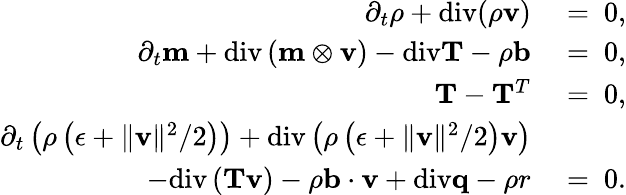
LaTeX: \begin{array}{rl}{\partial_{t}\rho+\mathrm{div}(\rho\mathbf{v})}&{{}=~0,}\\ {\partial_{t}\mathbf{m}+\mathrm{div}\left(\mathbf{m}\otimes\mathbf{v}\right)-\mathrm{div}\mathbf{T}-\rho\mathbf{b}}&{{}=~0,}\\ {\mathbf{T}-\mathbf{T}^{T}}&{{}=~0,}\\ {\partial_{t}\left(\rho\left(\epsilon+\| \mathbf{v}\| ^{2}/2\right)\right)+\mathrm{div}\left(\rho\left(\epsilon+\| \mathbf{v}\| ^{2}/2\right)\mathbf{v}\right)}&{{}}\\ {-\mathrm{div}\left(\mathbf{T}\mathbf{v}\right)-\rho\mathbf{b}\cdot\mathbf{v}+\mathrm{div}\mathbf{q}-\rho r}&{{}=~0.}\end{array}